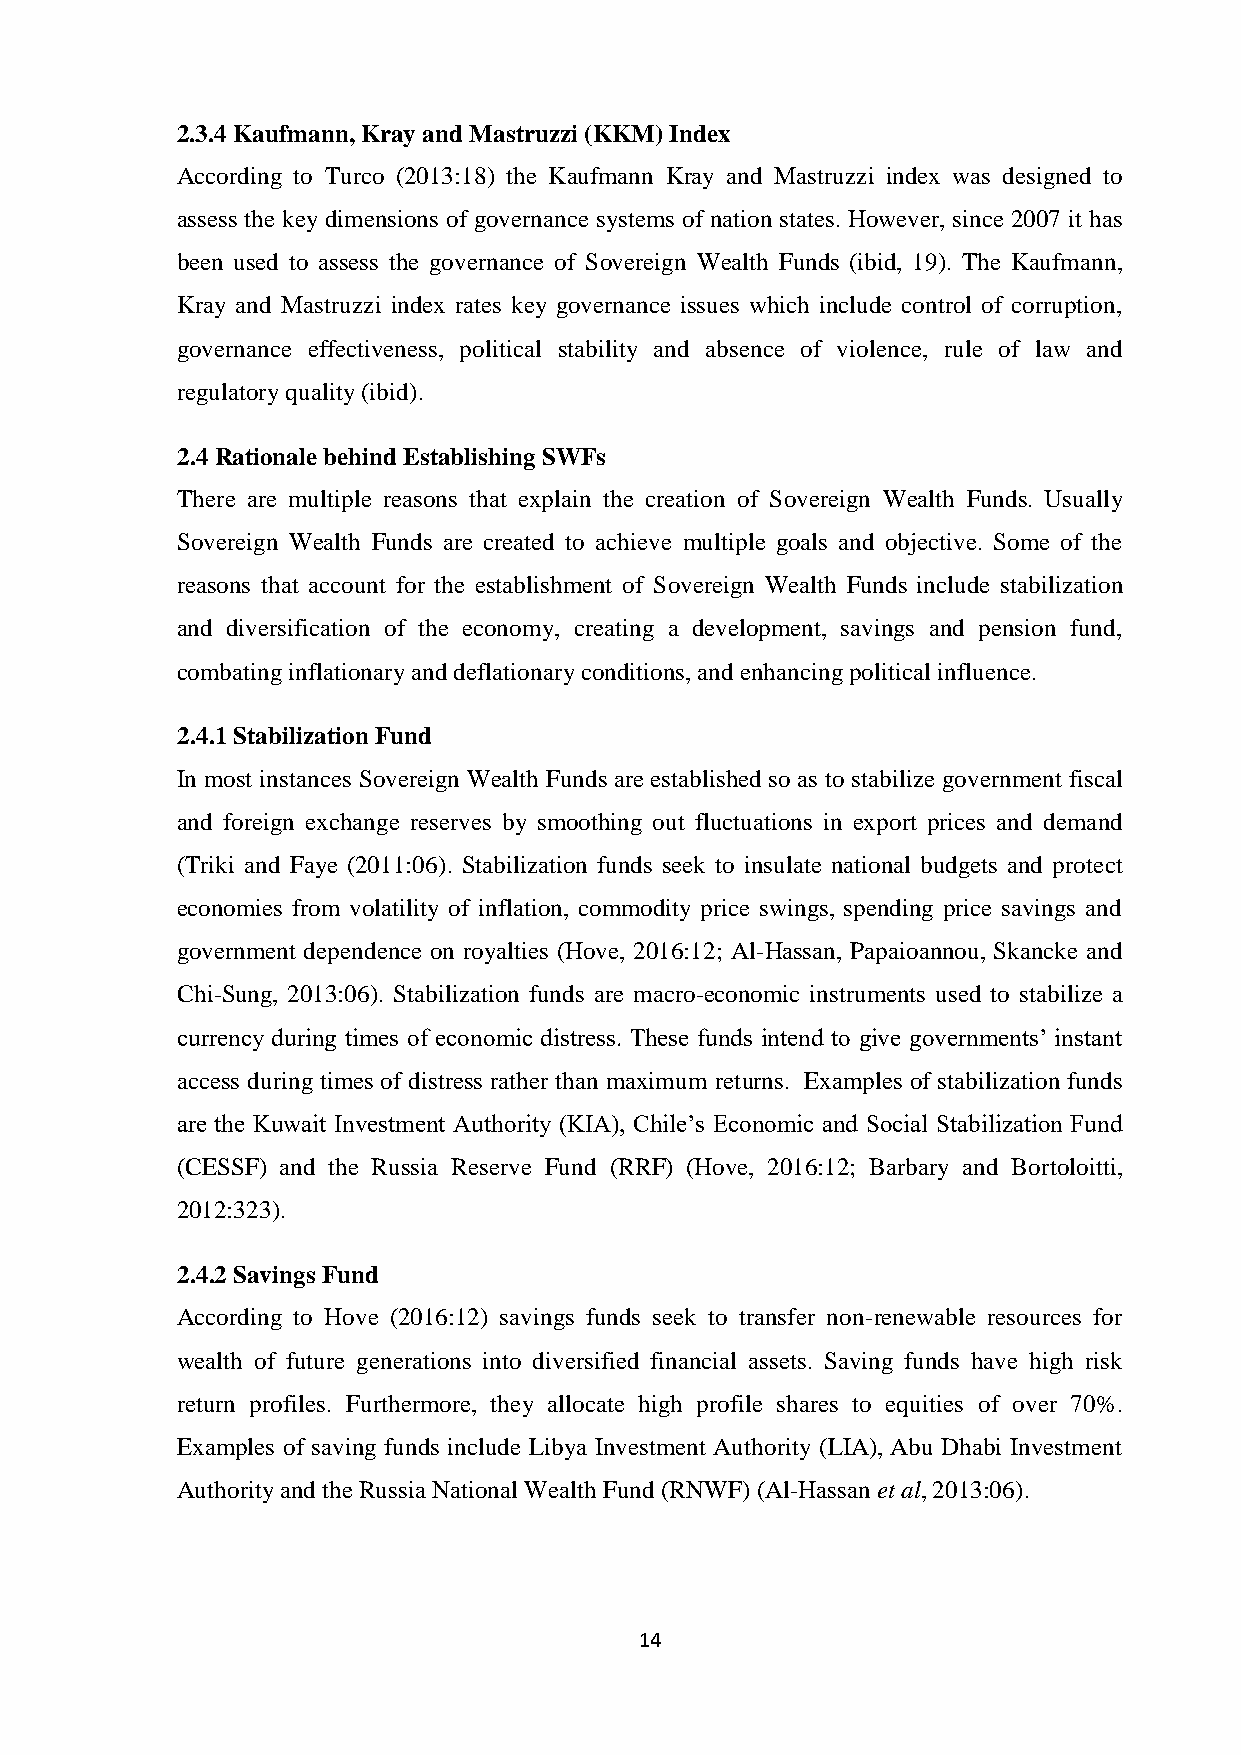
2.3.4 Kaufmann, Kray and Mastruzzi (KKM) Index
 According to Turco (2013:18) the Kaufmann Kray and Mastruzzi index was designed to
 assess the key dimensions of governance systems of nation states. However, since 2007 it has
 been used to assess the governance of Sovereign Wealth Funds (ibid, 19). The Kaufmann,
 Kray and Mastruzzi index rates key governance issues which include control of corruption,
 governance effectiveness, political stability and absence of violence, rule of law and
 regulatory quality (ibid).
 2.4 Rationale behind Establishing SWFs
 There are multiple reasons that explain the creation of Sovereign Wealth Funds. Usually
 Sovereign Wealth Funds are created to achieve multiple goals and objective. Some of the
 reasons that account for the establishment of Sovereign Wealth Funds include stabilization
 and diversification of the economy, creating a development, savings and pension fund,
 combating inflationary and deflationary conditions, and enhancing political influence.
 2.4.1 Stabilization Fund
 In most instances Sovereign Wealth Funds are established so as to stabilize government fiscal
 and foreign exchange reserves by smoothing out fluctuations in export prices and demand
 (Triki and Faye (2011:06). Stabilization funds seek to insulate national budgets and protect
 economies from volatility of inflation, commodity price swings, spending price savings and
 government dependence on royalties (Hove, 2016:12; Al-Hassan, Papaioannou, Skancke and
 Chi-Sung, 2013:06). Stabilization funds are macro-economic instruments used to stabilize a
 currency during times of economic distress. These funds intend to give governments’ instant
 access during times of distress rather than maximum returns. Examples of stabilization funds
 are the Kuwait Investment Authority (KIA), Chile’s Economic and Social Stabilization Fund
 (CESSF) and the Russia Reserve Fund (RRF) (Hove, 2016:12; Barbary and Bortoloitti,
 2012:323).
 2.4.2 Savings Fund
 According to Hove (2016:12) savings funds seek to transfer non-renewable resources for
 wealth of future generations into diversified financial assets. Saving funds have high risk
 return profiles. Furthermore, they allocate high profile shares to equities of over 70%.
 Examples of saving funds include Libya Investment Authority (LIA), Abu Dhabi Investment
 Authority and the Russia National Wealth Fund (RNWF) (Al-Hassan et al, 2013:06).
 14